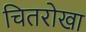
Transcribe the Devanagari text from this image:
चितरोखा